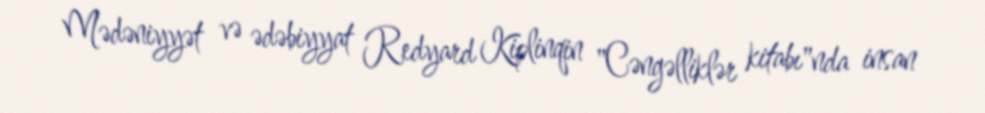
Mədəniyyət və ədəbiyyat Redyard Kiplinqin "Cəngəlliklər kitabı"nda insan